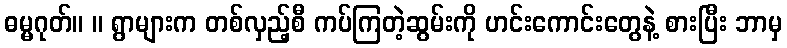
ဓမ္မဂုတ်။ ။ ရွာများက တစ်လှည့်စီ ကပ်ကြတဲ့ဆွမ်းကို ဟင်းကောင်းတွေနဲ့ စားပြီး ဘာမှ